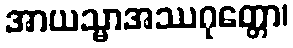
အာယသ္မာအဿဂုတ္တော၊